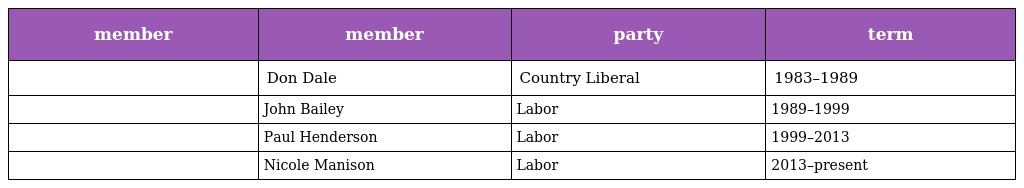
| member | member | party | term |
 | --- | --- | --- | --- |
 |  | Don Dale | Country Liberal | 1983–1989 |
 |  | John Bailey | Labor | 1989–1999 |
 |  | Paul Henderson | Labor | 1999–2013 |
 |  | Nicole Manison | Labor | 2013–present |